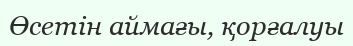
Өсетін аймағы, қорғалуы